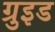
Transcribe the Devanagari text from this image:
ग्रुइड